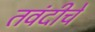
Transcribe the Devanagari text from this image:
तवंदीचे